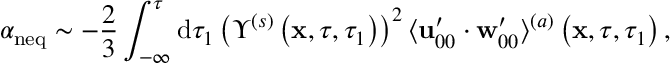
\alpha _ { \mathrm { n e q } } \sim - \frac { 2 } { 3 } \int _ { - \infty } ^ { \tau } \mathrm { d } \tau _ { 1 } \left( \Upsilon ^ { ( s ) } \left( \mathbf { x } , \tau , \tau _ { 1 } \right) \right) ^ { 2 } \langle \mathbf { u } _ { 0 0 } ^ { \prime } \cdot \mathbf { w } _ { 0 0 } ^ { \prime } \rangle ^ { ( a ) } \left( \mathbf { x } , \tau , \tau _ { 1 } \right) ,